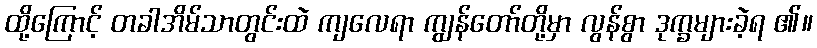
ထို့ကြောင့် တခါအိမ်သာတွင်းထဲ ကျလေရာ ကျွန်တော်တို့မှာ လွန်စွာ ဒုက္ခများခဲ့ရ ၏။